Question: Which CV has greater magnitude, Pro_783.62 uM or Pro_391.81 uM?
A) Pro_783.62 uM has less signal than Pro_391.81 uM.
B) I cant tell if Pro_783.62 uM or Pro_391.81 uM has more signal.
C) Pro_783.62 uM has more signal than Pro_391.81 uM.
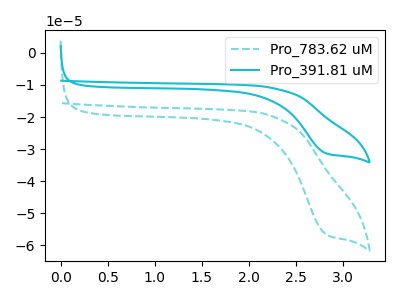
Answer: <think>The cyan dashed curve "Pro_783.62 uM" has a cathodic peak at: (2.80V, -56.65uA). The cyan curve "Pro_391.81 uM" has a cathodic peak at: (2.80V, -31.35uA).
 All the peaks in "Pro_783.62 uM" have a peak in "Pro_391.81 uM" at the same potential. Every peak in "Pro_783.62 uM" is higher than every peak in "Pro_391.81 uM".</think>
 <answer>C) "Pro_783.62 uM" has more signal than "Pro_391.81 uM".</answer>
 <eval>C</eval>